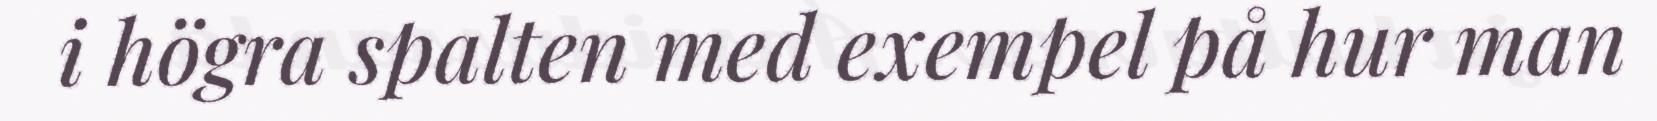
i högra spalten med exempel på hur man